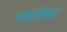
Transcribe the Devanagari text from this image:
चकतीम्फट